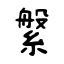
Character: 縏